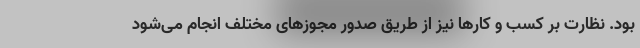
بود. نظارت بر کسب و کارها نیز از طریق صدور مجوزهای مختلف انجام می‌شود